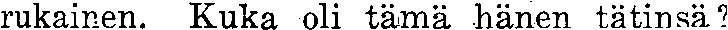
rukainen. Kuka oli tämä hänen tätinsä?